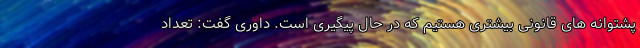
پشتوانه های قانونی بیشتری هستیم که در حال پیگیری است. داوری گفت: تعداد